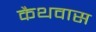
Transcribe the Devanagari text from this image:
कैथवास